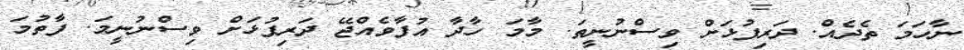
ނާހަމަ ތެދެއް. ދަރިފުޅަށް ވިސްނުނީތަ. މާމަ ހާދާ އުފާވެއްޖޭ ދަރިފުޅަށް ވިސްނުނީމަ. ފާތުމަ